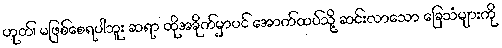
ဟုတ်၊ မဖြစ်စေရပါဘူး ဆရာ ထိုအခိုက်မှာပင် အောက်ထပ်သို့ ဆင်းလာသော ခြေသံများကို